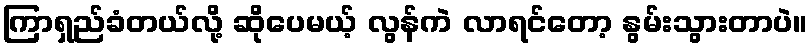
ကြာရှည်ခံတယ်လို့ ဆိုပေမယ့် လွန်ကဲ လာရင်တော့ နွမ်းသွားတာပဲ။